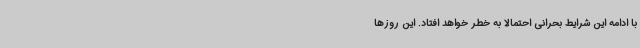
با ادامه این شرایط بحرانی احتمالاً به خطر خواهد افتاد. این روزها